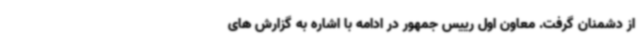
از دشمنان گرفت. معاون اول رییس جمهور در ادامه با اشاره به گزارش های